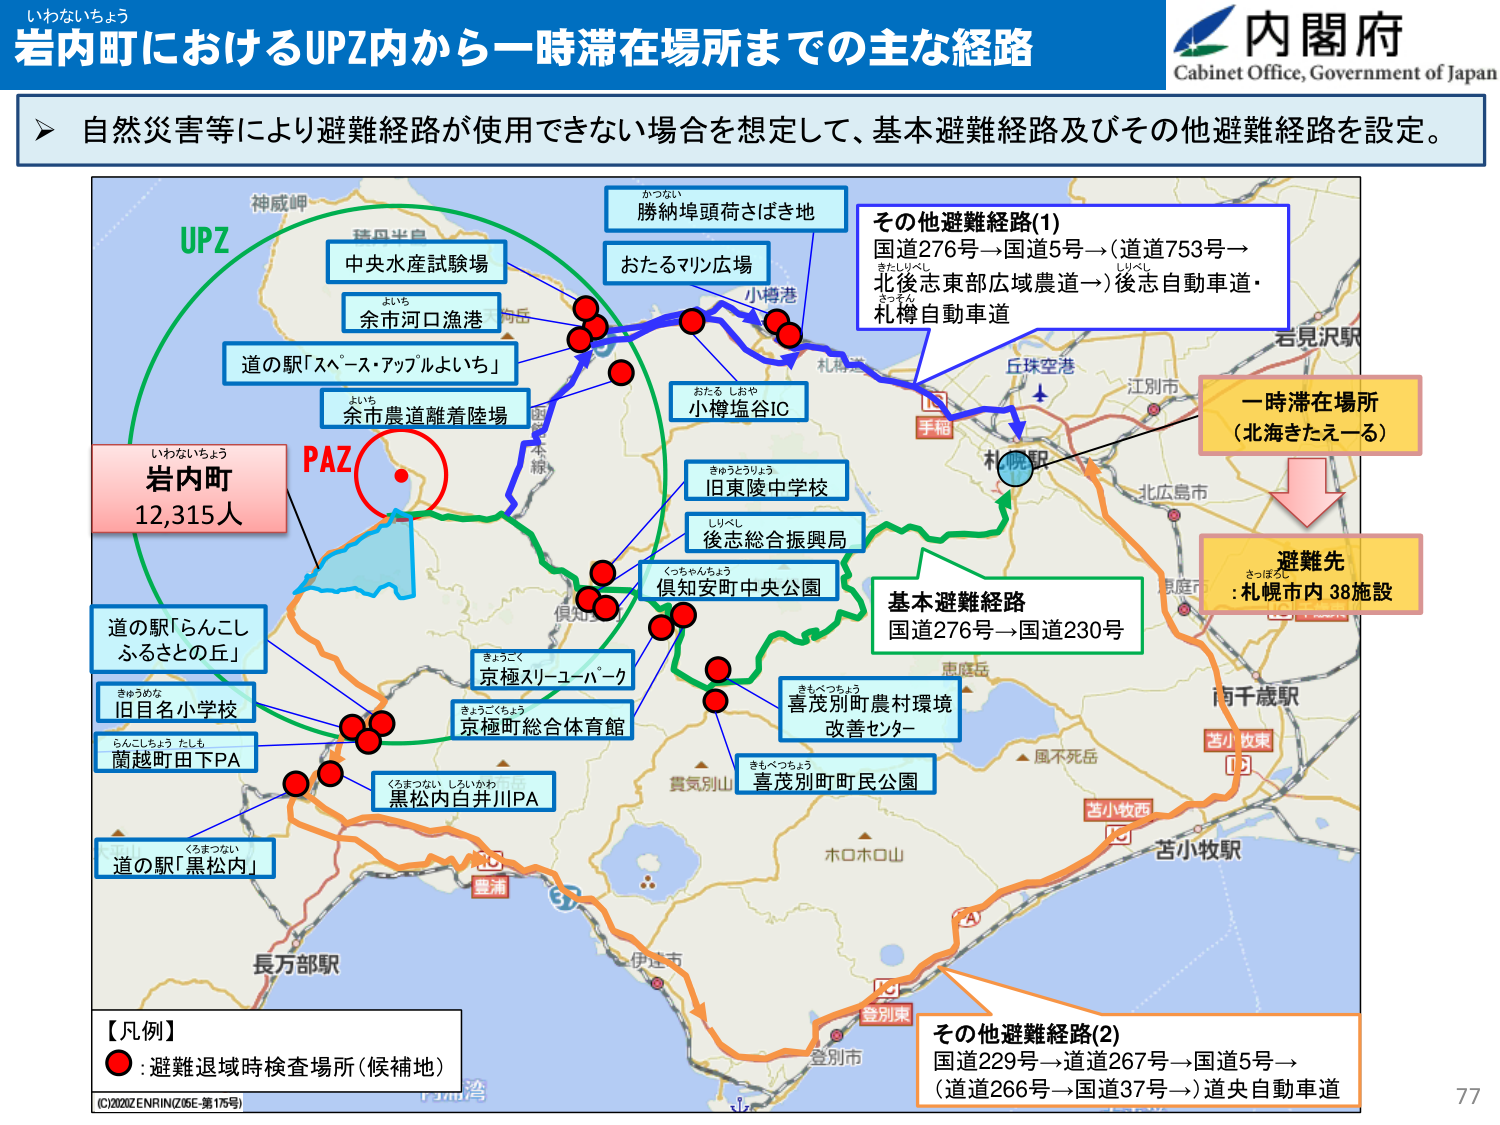
いわないちょう
岩内町におけるUPZ内から一時滞在場所までの主な経路
内閣府
Cabinet Office, Government of Japan

▶ 自然災害等により避難経路が使用できない場合を想定して、基本避難経路及びその他避難経路を設定。

UPZ
神威岬
中央水産試験場
余市河口漁港
道の駅「スペース・アップルよいち」
余市農道離着陸場
岩内町
12,315人
いわないちょう
PAZ
道の駅「らんこし ふるさとの丘」
旧目名小学校
きゅうめな
蘭越町田下PA
らんこちょう たしも
道の駅「黒松内」
くろまつない
勝納埠頭荷さばき地
かつのい
おたるマリン広場
小樽港
おたる しおや
小樽塩谷IC
旧東陵中学校
きゅうとうりょう
後志総合振興局
しりべし
倶知安町中央公園
くっちゃんちょう
京極スリーユーパーク
きょうごく
京極町総合体育館
きょうごくちょう
黒松内白井川PA
くろまつない しろいがわ
喜茂別町農村環境
きもべつちょう
改善センター
喜茂別町町民公園
きもべつちょう
札幌空港
江別市
若見沢駅
手稲
札幌駅
北広島市
恵庭市
南千歳駅
苫小牧東
苫小牧西
苫小牧駅
風不死岳
ホロホロ山
登別東
登別市
伊達市
長万部駅
内浦湾
【凡例】
● : 避難退域時検査場所（候補地）
(C)2020ZENRIN(26E-第176号)

その他避難経路(1)
国道276号→国道5号→(道道753号→
北後志東部広域農道→)後志自動車道・
札樽自動車道

一時滞在場所
（北海きたえーる）

避難先
: 札幌市内 38施設
きっぱん

基本避難経路
国道276号→国道230号

その他避難経路(2)
国道229号→道道267号→国道5号→
(道道266号→国道37号→)道央自動車道

77